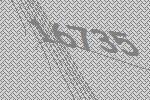
16735